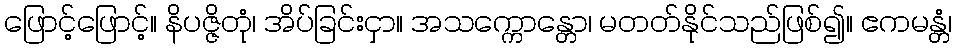
ဖြောင့်ဖြောင့်။ နိပဇ္ဇိတုံ၊ အိပ်ခြင်းငှာ။ အသက္ကောန္တော၊ မတတ်နိုင်သည်ဖြစ်၍။ ဧကမန္တံ၊